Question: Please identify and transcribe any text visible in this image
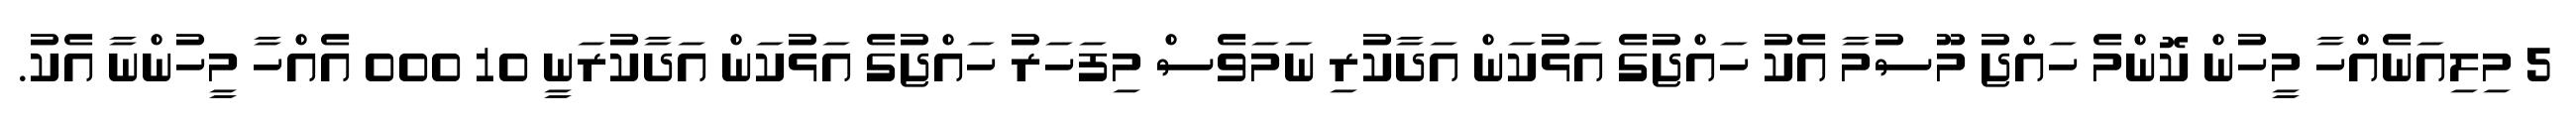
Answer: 5 މިލިއަނެއްހާ މީހުން ކޮންމެ ހައްޖު މޫސުމާ އެކު ހައްޖުގެ އަޅުކަން އަދާކުރި ނަމަވެސް މިފަހަރު ހައްޖުގެ އަޅުކަން އަދާކުރަނީ 10 000 އެއްހާ މީހުންނާ އެކު.